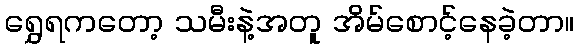
ရွှေရကတော့ သမီးနဲ့အတူ အိမ်စောင့်နေခဲ့တာ။